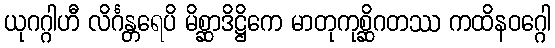
ယုဂဂ္ဂါဟီ လိင်္ဂန္တရေပိ မိစ္ဆာဒိဋ္ဌိကေ မာတုကုစ္ဆိဂတဿ ကထိနဝဂ္ဂေါ